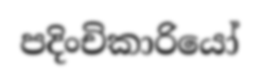
පදිංචිකාරියෝ